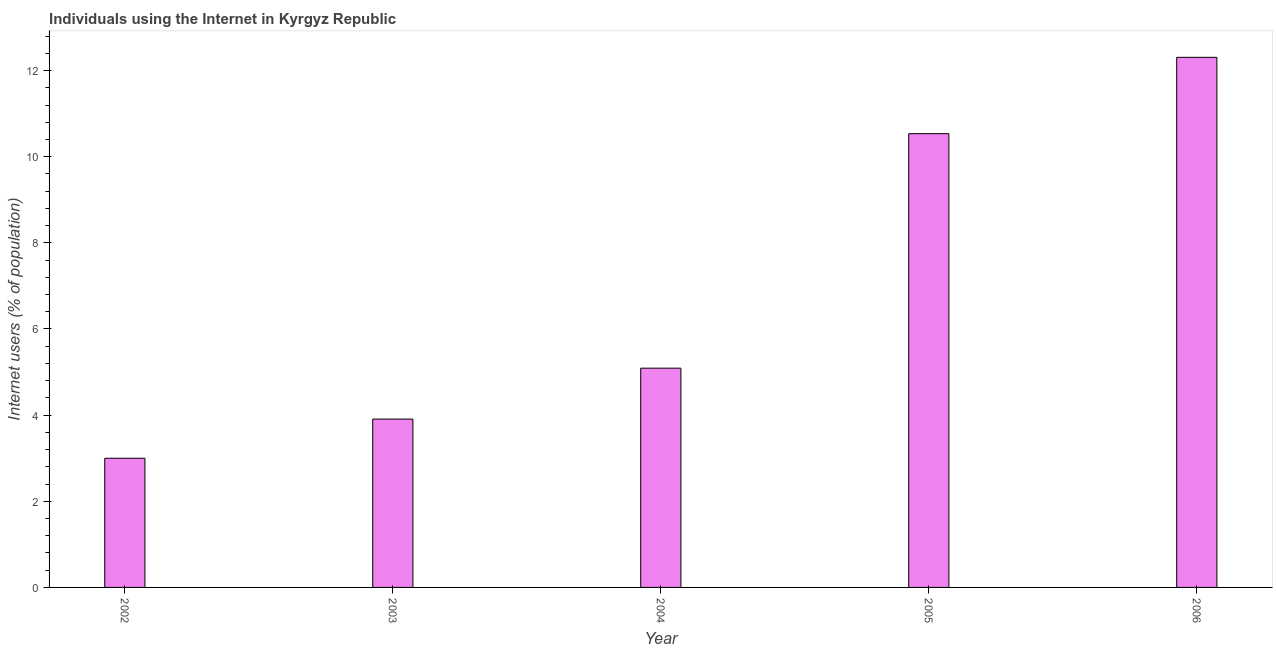
| Year | Internet users |
 | --- | --- |
 | 2002 | 3 |
 | 2003 | 3.91 |
 | 2004 | 5.09 |
 | 2005 | 10.5 |
 | 2006 | 12.3 |